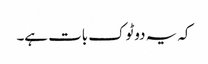
کہ یہ دوٹوک بات ہے۔